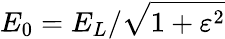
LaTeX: {E_{0}}={E_{L}}/{\sqrt{1+\varepsilon^{2}}}